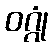
ဝဂ္ဂုံ